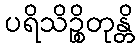
ပရိသိဉ္စိတုန္တိ